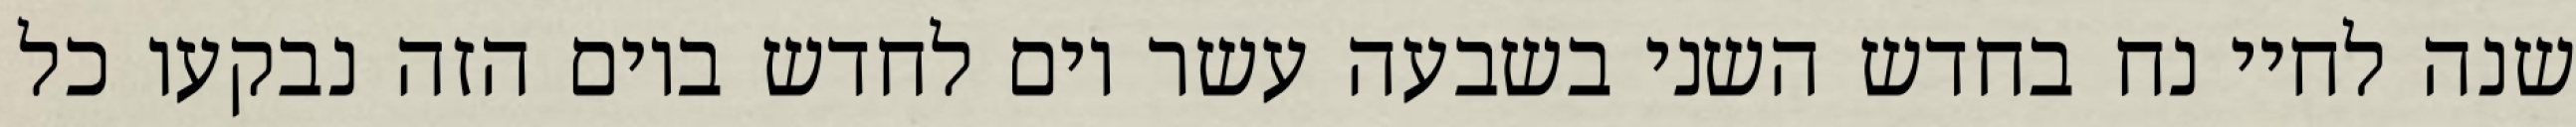
שנה לחיי נח בחדש השני בשבעה עשר יום לחדש ביום הזה נבקעו כל